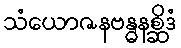
သံယောဇနဗန္ဓနစ္ဆိဒံ